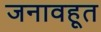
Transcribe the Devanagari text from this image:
जनावहूत